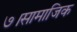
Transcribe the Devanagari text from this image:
७।सामाजिक